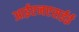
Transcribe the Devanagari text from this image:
आईएनएसईई